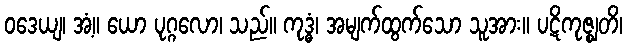
ဝဒေယျ၊ အံ့။ ယော ပုဂ္ဂလော၊ သည်။ ကုဒ္ဓံ၊ အမျက်ထွက်သော သူအား။ ပဋိကုဇ္ဈတိ၊